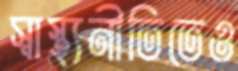
স্বাস্থ্যনীতিতেও